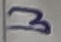
Text: 3